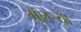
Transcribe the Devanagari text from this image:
गॅलर्‍या